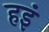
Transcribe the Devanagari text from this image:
हइं